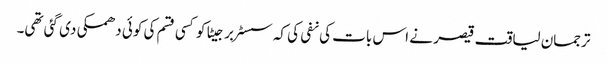
ترجمان لیاقت قیصر نے اس بات کی نفی کی کہ سسٹر برجیٹا کو کسی قسم کی کوئی دھمکی دی گئی تھی۔